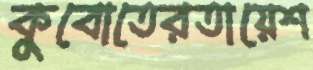
কুবোতেরতায়েশ